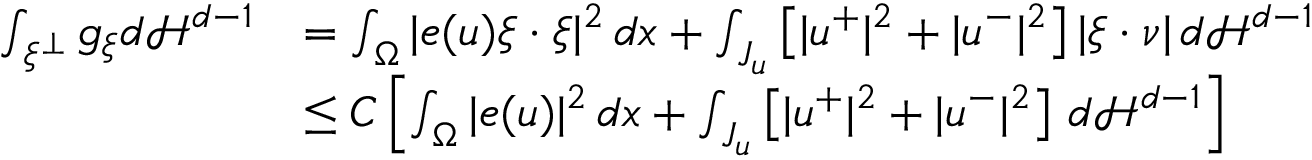
\begin{array} { r l } { \int _ { \xi ^ { \bot } } g _ { \xi } d { \mathcal { H } } ^ { d - 1 } } & { = \int _ { \Omega } | e ( u ) \xi \cdot \xi | ^ { 2 } \, d x + \int _ { J _ { u } } \left[ | u ^ { + } | ^ { 2 } + | u ^ { - } | ^ { 2 } \right] | \xi \cdot \nu | \, d { \mathcal { H } } ^ { d - 1 } } \\ & { \leq C \left[ \int _ { \Omega } | e ( u ) | ^ { 2 } \, d x + \int _ { J _ { u } } \left[ | u ^ { + } | ^ { 2 } + | u ^ { - } | ^ { 2 } \right] \, d { \mathcal { H } } ^ { d - 1 } \right] } \end{array}